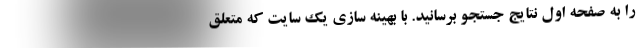
را به صفحه اول نتایج جستجو برسانید. با بهینه سازی یک سایت که متعلق